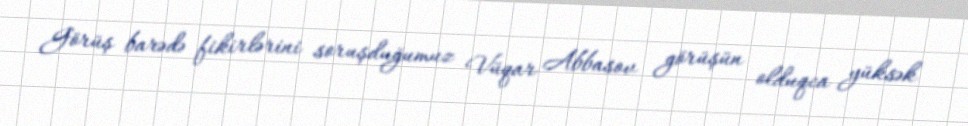
Görüş barədə fikirlərini soruşduğumuz Vüqar Abbasov görüşün olduqca yüksək